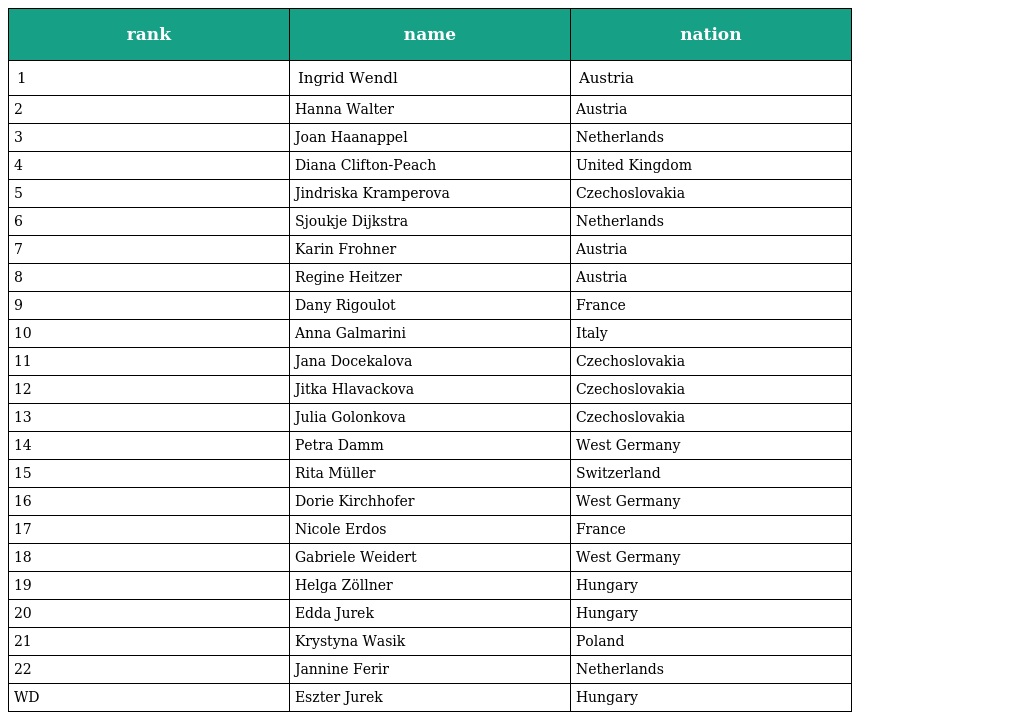
| rank | name | nation |
 | --- | --- | --- |
 | 1 | Ingrid Wendl | Austria |
 | 2 | Hanna Walter | Austria |
 | 3 | Joan Haanappel | Netherlands |
 | 4 | Diana Clifton-Peach | United Kingdom |
 | 5 | Jindriska Kramperova | Czechoslovakia |
 | 6 | Sjoukje Dijkstra | Netherlands |
 | 7 | Karin Frohner | Austria |
 | 8 | Regine Heitzer | Austria |
 | 9 | Dany Rigoulot | France |
 | 10 | Anna Galmarini | Italy |
 | 11 | Jana Docekalova | Czechoslovakia |
 | 12 | Jitka Hlavackova | Czechoslovakia |
 | 13 | Julia Golonkova | Czechoslovakia |
 | 14 | Petra Damm | West Germany |
 | 15 | Rita Müller | Switzerland |
 | 16 | Dorie Kirchhofer | West Germany |
 | 17 | Nicole Erdos | France |
 | 18 | Gabriele Weidert | West Germany |
 | 19 | Helga Zöllner | Hungary |
 | 20 | Edda Jurek | Hungary |
 | 21 | Krystyna Wasik | Poland |
 | 22 | Jannine Ferir | Netherlands |
 | WD | Eszter Jurek | Hungary |